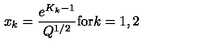
x _ { k } = \frac { e ^ { K _ { k } - 1 } } { Q ^ { 1 / 2 } } \mathrm { f o r } k = 1 , 2